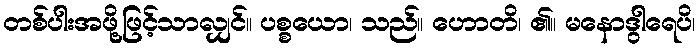
တစ်ပါးအဖို့ဖြင့်သာလျှင်။ ပစ္စယော၊ သည်။ ဟောတိ၊ ၏။ မနောဒွါရေပိ၊